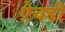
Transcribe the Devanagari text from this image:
ऐचडी